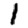
Digit: 1